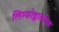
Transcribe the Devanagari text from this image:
लिम्फोब्लासटिक